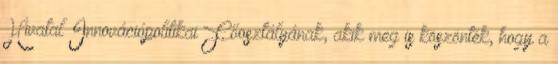
Hivatal Innovációpolitikai Főosztályának, akik meg is köszönték, hogy a